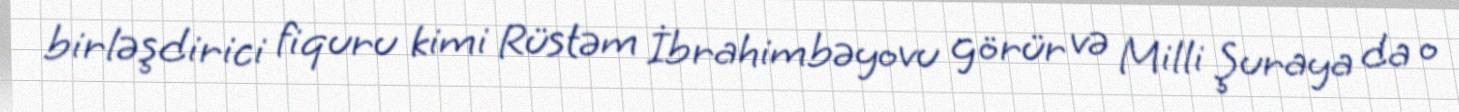
birləşdirici fiquru kimi Rüstəm İbrahimbəyovu görür və Milli Şuraya da o